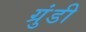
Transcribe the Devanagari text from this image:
ग्रुंडी